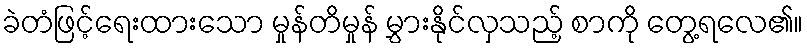
ခဲတံဖြင့်ရေးထားသော မှုန်တိမှုန် မွှားနိုင်လှသည့် စာကို တွေ့ရလေ၏။